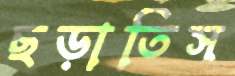
ছড়াতিস